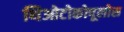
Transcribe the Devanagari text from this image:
थिओटोकोपूलोस